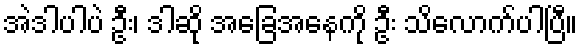
အဲဒါပါပဲ ဦး၊ ဒါဆို အခြေအနေကို ဦး သိလောက်ပါပြီ။